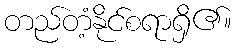
တည်တံ့နိုင်စရာရှိ၏။